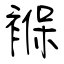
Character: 褓